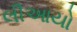
લીઆયો